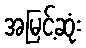
အမြင့်ဆုံး